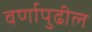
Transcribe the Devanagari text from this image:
वर्णापुढील